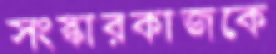
সংস্কারকাজকে